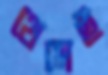
থেমেই